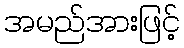
အမည်အားဖြင့်